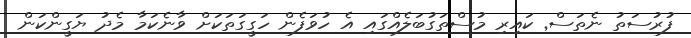
ފުރުސަތު ނެތަސް